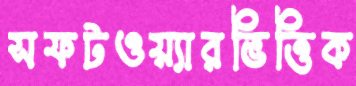
সফটওয়্যারভিত্তিক